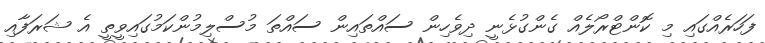
ފަހަރެއްގައި މި ކޮންޓްރޯލެއް ގެންގުޅެނީ ދިވެހިން ސައްތައިން ސައްތަ މުސްލިމުންކަމުގައިވީތީ އެ ޝަރަފާއި